Lunatic asylums Bombay report 1878-1890 - 1878-1890
Year: 1878
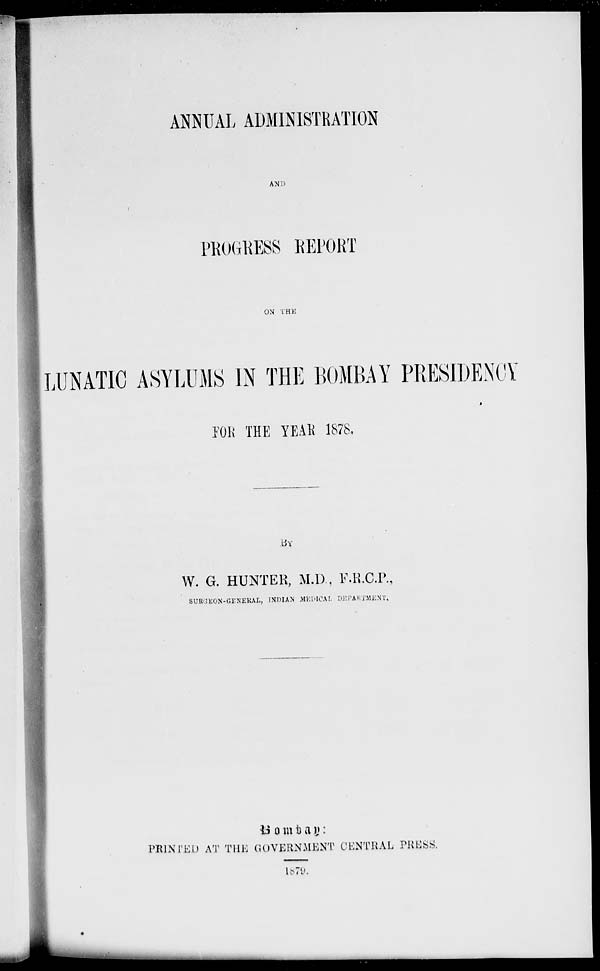
ANNUAL ADMINISTRATION
AND
PROGRESS REPORT
ON THE
LUNATIC ASYLUMS IN THE BOMBAY PRESIDENCY
FOR THE YEAR 1878.
BY
W. G. HUNTER, M.D., F.R.C.P.,
SURGEON-GENERAL , INDIAN MEDICAL DEPARTMENT.
B o m b a y :
PRINTED AT THE GOVERNMENT CENTRAL PRESS.
1879.